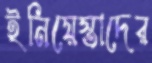
ইনিয়েস্তাদের